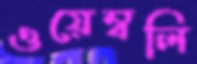
ওয়েম্বলি